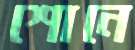
শোনে